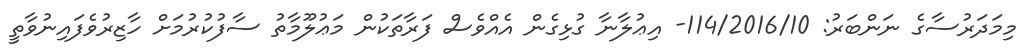
މިމަދަރުސާގެ ނަންބަރު: 114/2016/10- އިޢުލާނާ ގުޅިގެން އެއްވެސް ފަރާތަކުން މަޢުލޫމާތު ސާފުކުރުމަށް ހާޒިރުވެފައިނުވާތީ